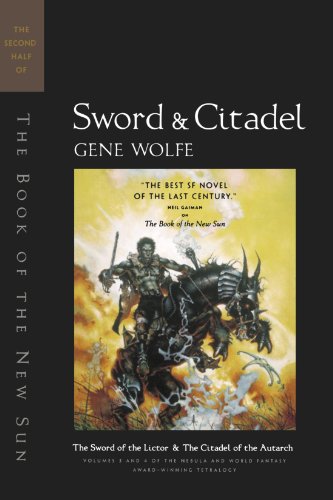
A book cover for Sword & Citadel: The Second Half of 'The Book of the New Sun'; Gene Wolfe; Science Fiction & Fantasy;